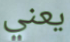
يعني